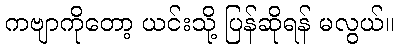
ကဗျာကိုတော့ ယင်းသို့ ပြန်ဆိုရန် မလွယ်။